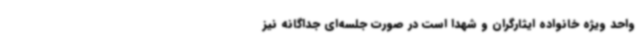
واحد ویژه خانواده ایثارگران و شهدا است در صورت جلسه‌ای جداگانه نیز